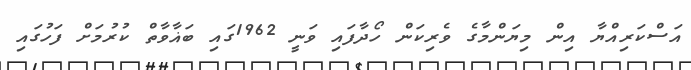
އަސްކަރިއްޔާ އިން މިޔަންމާގެ ވެރިކަން ހޯދާފައި ވަނީ 1962ގައި ބަޣާވާތް ކުރުމަށް ފަހުގައި